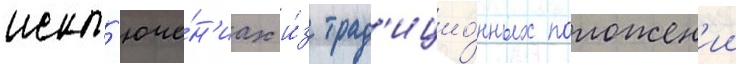
искл'юче́н'иах и́з трад'ицио́нных положен'ии